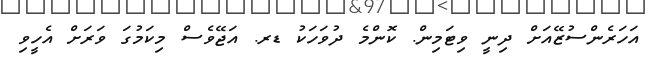
އަހަރެންސުޒޭއަށް ދިނީ ވިޓަމިން. ކޮންމެ ދުވަހަކު ޑރ. އަޖޭވެސް މިކަމުގަ ވަރަށް އެހީވި